Vaccination in Bombay 1902-1912 - 1902-1912
Year: 1902
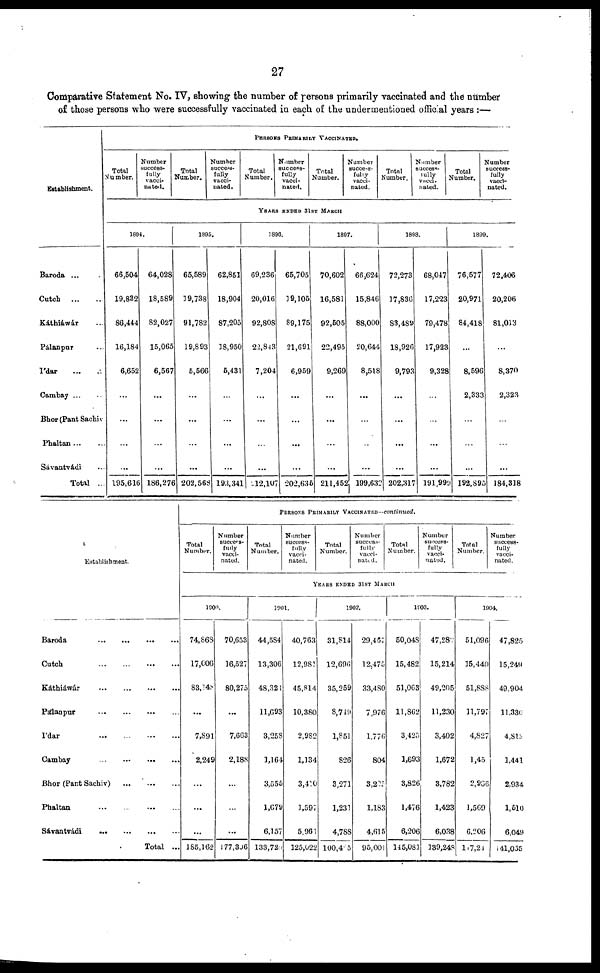
27
Comparative Statement No. IV, showing the number of persons primarily vaccinated and the number
of those persons who were successfully vaccinated in each of the undermentioned official years :—
Establishment.
Baroda ...
Cutch
...
...
Káthiáwár ...
Pálanpur ...
Ídar ... ...
Cambay ... ...
Bhor (Pant Sachiv
Phaltan
...
...
Sávantvádi ...
Total ...
PERSONS PRIMARILY VACCINATED.
Total
Number.
Number
success-
fully
vacci-
nated.
Total
Number.
Number
success-
fully
vacci-
nated.
Total
Number.
Number
success-
fully
vacci-
nated.
Total
Number.
Number
success-
fully
vacci-
nated.
Total
Number.
Number
success-
fully
vacci-
nated.
Total
Number.
Number
success-
fully
vacci-
nated.
YEARS ENDED 31ST MARCH
1894.
66,504
19,832
86,444
16,184
6,652
...
...
...
...
195,616
64,028
18,589
82,027
15,065
6,567
...
...
...
...
186,276
1895.
65,589
19,738
91,782
19,893
5,566
...
...
...
...
202,568
62,851
18,904
87,205
18,950
5,431
...
...
...
...
193,341
1896.
69,236
20,016
92,808
22,843
7,204
...
...
...
...
212,107
65,705
19,105
89,175
21,691
6,959
...
...
...
...
202,635
1897.
70,602
16,581
92,505
22,495
9,269
...
...
...
...
211,452
66,624
15,846
88,000
20,644
8,518
...
...
...
...
199,632
1898.
72,273
17,836
83,489
18,926
9,793
...
...
...
...
202,317
68,047
17,223
79,478
17,923
9,328
...
...
...
...
191,999
1899.
76,577
20,971
84,418
...
8,596
2,333
...
...
...
192,895
72,406
20,206
81,013
...
8,370
2,323
...
...
...
184,318
Establishment.
Baroda
...
...
...
...
Cutch
...
...
...
...
Káthiáwár
...
...
...
...
Pálanpur
...
...
...
...
Ídar
...
...
...
...
Cambay
...
...
...
...
Bhor (Pant Sachiv)
...
...
...
Phaltan
...
...
...
...
Sávantvádi
...
...
...
...
Total ...
PERSONS PRIMARILY VACCINATED—continued.
Total
Number.
Number
success-
fully
vacci-
nated.
Total
Number.
Number
success-
fully
vacci-
nated.
Total
Number.
Number
success-
fully
vacci-
nated.
Total
Number.
Number
success-
fully
vacci-
nated.
Total
Number.
Number
success-
fully
vacci-
nated .
YEARS ENDED 31ST MARCH
1900.
74,868
17,006
83,148
...
7,891
2,249
...
...
...
185,162
70,653
16,527
80,275
...
7,663
2,188
...
...
...
177,306
1901.
44,584
13,306
48,324
11,693
3,258
1,164
3,555
1,679
6,157
133,720
40,763
12,981
45,814
10,380
2,982
1,134
3,410
1,597
5,961
125,022
1902.
31,814
12,696
35,259
8,749
1,851
826
3,271
1,231
4,788
100,485
29,467
12,475
33,480
7,976
1,776
804
3,225
1,183
4,615
95,001
1903.
50,048
15,482
51,063
11,862
3,425
1,693
3,826
1,476
6,206
145,081
47,282
15,214
49,205
11,230
3,402
1,672
3,782
1,423
6,038
139,248
1904.
51,096
15,440
51,888
11,797
4,827
1,45
2,966
1,569
6,206
147,24
47,825
15,249
49,904
11,330
4,813
1,441
2,934
1,510
6,049
441,055